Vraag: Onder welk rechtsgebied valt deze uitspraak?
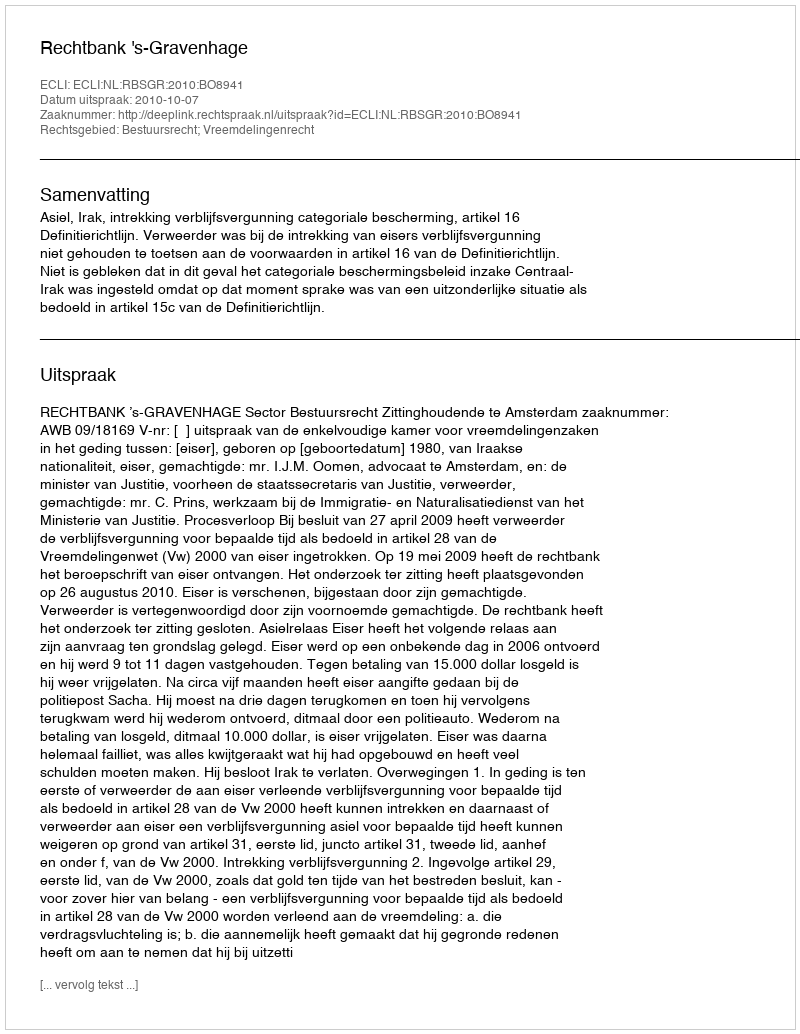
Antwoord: Bestuursrecht; Vreemdelingenrecht